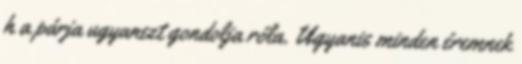
h a párja ugyanezt gondolja róla. Ugyanis minden éremnek